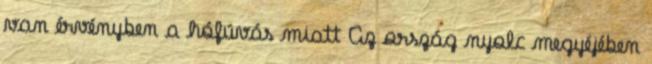
van érvényben a hófúvás miatt Az ország nyolc megyéjében